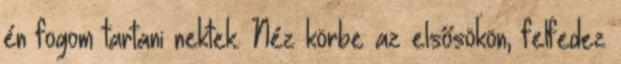
én fogom tartani nektek. Néz körbe az elsősökön, felfedez